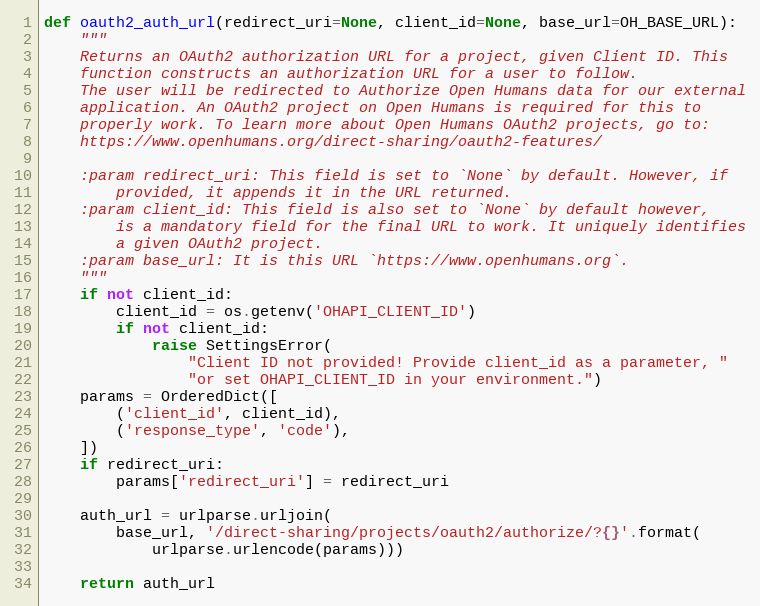
Language: Python
def oauth2_auth_url(redirect_uri=None, client_id=None, base_url=OH_BASE_URL):
    """
    Returns an OAuth2 authorization URL for a project, given Client ID. This
    function constructs an authorization URL for a user to follow.
    The user will be redirected to Authorize Open Humans data for our external
    application. An OAuth2 project on Open Humans is required for this to
    properly work. To learn more about Open Humans OAuth2 projects, go to:
    https://www.openhumans.org/direct-sharing/oauth2-features/

    :param redirect_uri: This field is set to `None` by default. However, if
        provided, it appends it in the URL returned.
    :param client_id: This field is also set to `None` by default however,
        is a mandatory field for the final URL to work. It uniquely identifies
        a given OAuth2 project.
    :param base_url: It is this URL `https://www.openhumans.org`.
    """
    if not client_id:
        client_id = os.getenv('OHAPI_CLIENT_ID')
        if not client_id:
            raise SettingsError(
                "Client ID not provided! Provide client_id as a parameter, "
                "or set OHAPI_CLIENT_ID in your environment.")
    params = OrderedDict([
        ('client_id', client_id),
        ('response_type', 'code'),
    ])
    if redirect_uri:
        params['redirect_uri'] = redirect_uri

    auth_url = urlparse.urljoin(
        base_url, '/direct-sharing/projects/oauth2/authorize/?{}'.format(
            urlparse.urlencode(params)))

    return auth_url